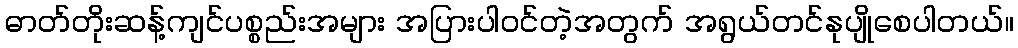
ဓာတ်တိုးဆန့်ကျင်ပစ္စည်းအများ အပြားပါဝင်တဲ့အတွက် အရွယ်တင်နုပျိုစေပါတယ်။